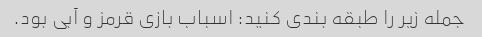
جمله زیر را طبقه بندی کنید: اسباب بازی قرمز و آبی بود.